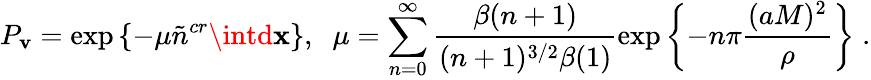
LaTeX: P_{\mathbf{v}}=\exp\left\{ -\mu\tilde{{n}}^{cr}\intd{\mathbf{x}}\right\} ,\; \; \mu=\sum_{n=0}^{\infty}\frac{{\beta(n+1)}}{{(n+1)^{3/2}\beta(1)}}\exp\left\{ -n\pi\frac{{(aM)^{2}}}{\rho}\right\} \; .